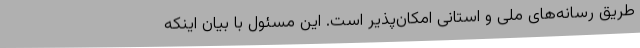
طریق رسانه‌های ملی و استانی امکان‌پذیر است. این مسئول با بیان اینکه